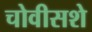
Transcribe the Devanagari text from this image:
चोवीसशे